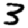
Digit: 3